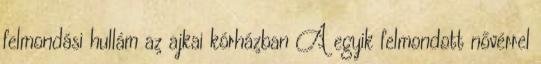
felmondási hullám az ajkai kórházban A egyik felmondott nővérrel